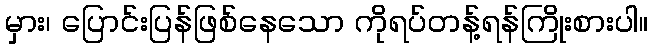
မှား၊ ပြောင်းပြန်ဖြစ်နေသော ကိုရပ်တန့်ရန်ကြိုးစားပါ။